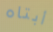
أبتاه